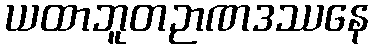
ယထာဘူတဉာဏဒဿနေ